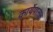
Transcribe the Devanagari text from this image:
कार्येपालक